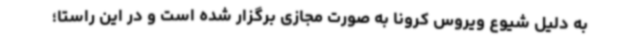
به دلیل شیوع ویروس کرونا به صورت مجازی برگزار شده است و در این راستا؛